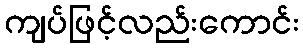
ကျပ်ဖြင့်လည်းကောင်း